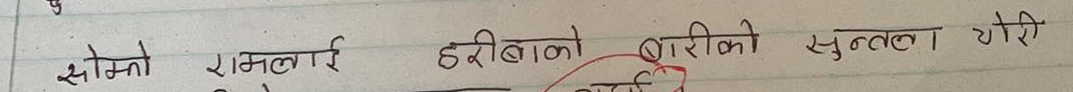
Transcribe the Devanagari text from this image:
सोझो रानिलाई, हरियोको बारीको सुन्तला चोेरी